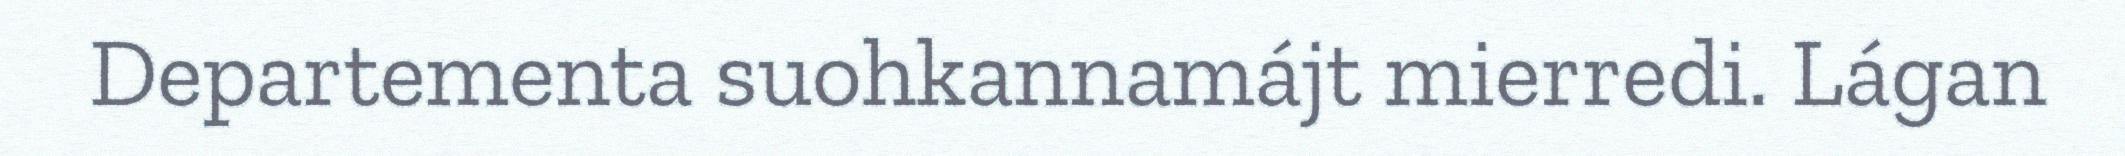
Departementa suohkannamájt mierredi. Lágan